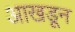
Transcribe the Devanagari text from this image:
आखडून